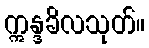
ဣန္ဒခိလသုတ်။